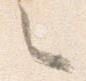
之